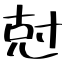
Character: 尅